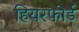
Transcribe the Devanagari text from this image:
हियरफोर्ड